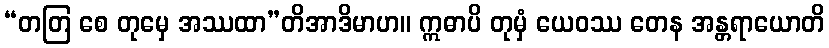
“တတြ စေ တုမှေ အဿထာ”တိအာဒိမာဟ။ ဣဓာပိ တုမှံ ယေဝဿ တေန အန္တရာယောတိ